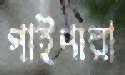
গাইপারা